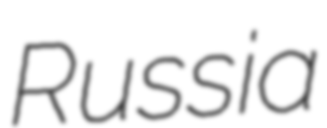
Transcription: Russia